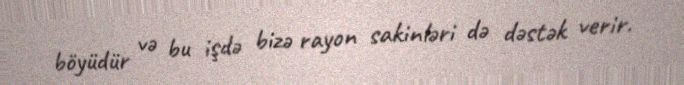
böyüdür və bu işdə bizə rayon sakinləri də dəstək verir.